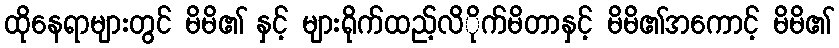
ထိုနေရာများတွင် မိမိ၏ နှင့် များရိုက်ထည့်လိိုက်မိတာနှင့် မိမိ၏အကောင့် မိမိ၏